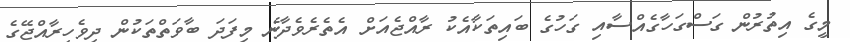
މީގެ އިތުރުން ގަސްގަހާގެއްސާއި ގަހުގެ ބައިތަކާއެކު ރާއްޖެއަށް އެތެރެވެދާނެ މިފަދަ ބާވަތްތަކުން ދިވެހިރާއްޖޭގެ